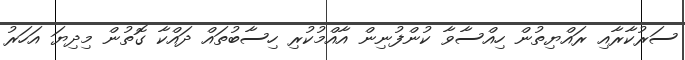
ސަރުކާރާއި ރައްޔިތުން ހިއްސާވާ ކުންފުނިން އާއްމުކުރި ހިސާބުތައް ދައްކާ ގޮތުން މިދިޔަ އަހަރު